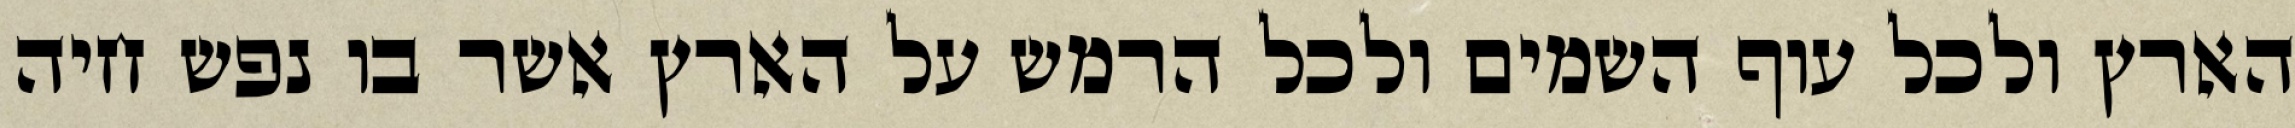
הארץ ולכל עוף השמים ולכל הרמש על הארץ אשר בו נפש חיה